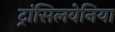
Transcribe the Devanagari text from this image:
ट्रांसिलवेनिया